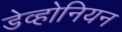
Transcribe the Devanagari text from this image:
डेव्होनियन